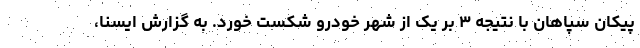
پیکان سپاهان با نتیجه ۳ بر یک از شهر خودرو شکست خورد. به گزارش ایسنا،